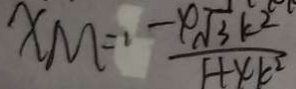
X M = \frac { - 4 \sqrt { 3 } k ^ { 2 } } { 1 + 4 k ^ { 2 } }